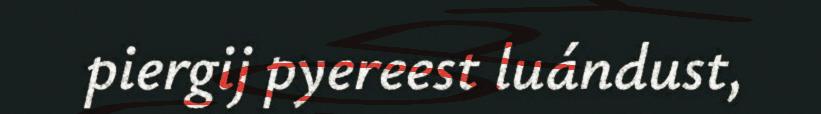
piergij pyereest luándust,